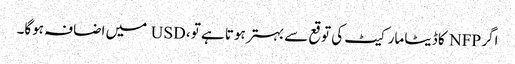
اگر NFP کا ڈیٹا مارکیٹ کی توقع سے بہتر ہوتا ہے تو، USD میں اضافہ ہوگا۔